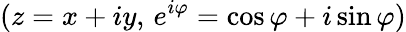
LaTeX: (z=x+iy,\, e^{i\varphi}=\cos\varphi+i\sin\varphi)